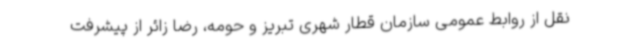
نقل از روابط عمومی سازمان قطار شهری تبریز و حومه، رضا زائر از پیشرفت